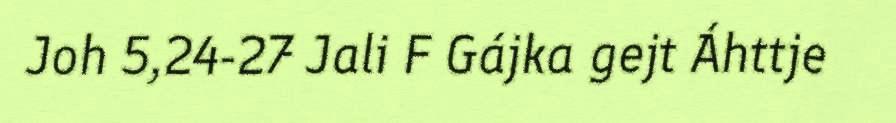
Joh 5,24-27 Jali F Gájka gejt Áhttje